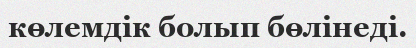
көлемдік болып бөлінеді.